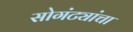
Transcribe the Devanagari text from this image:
सोगंट्यांचा